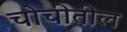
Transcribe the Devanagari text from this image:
चोचीतील